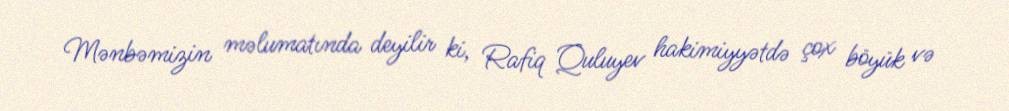
Mənbəmizin məlumatında deyilir ki, Rafiq Quluyev hakimiyyətdə çox böyük və